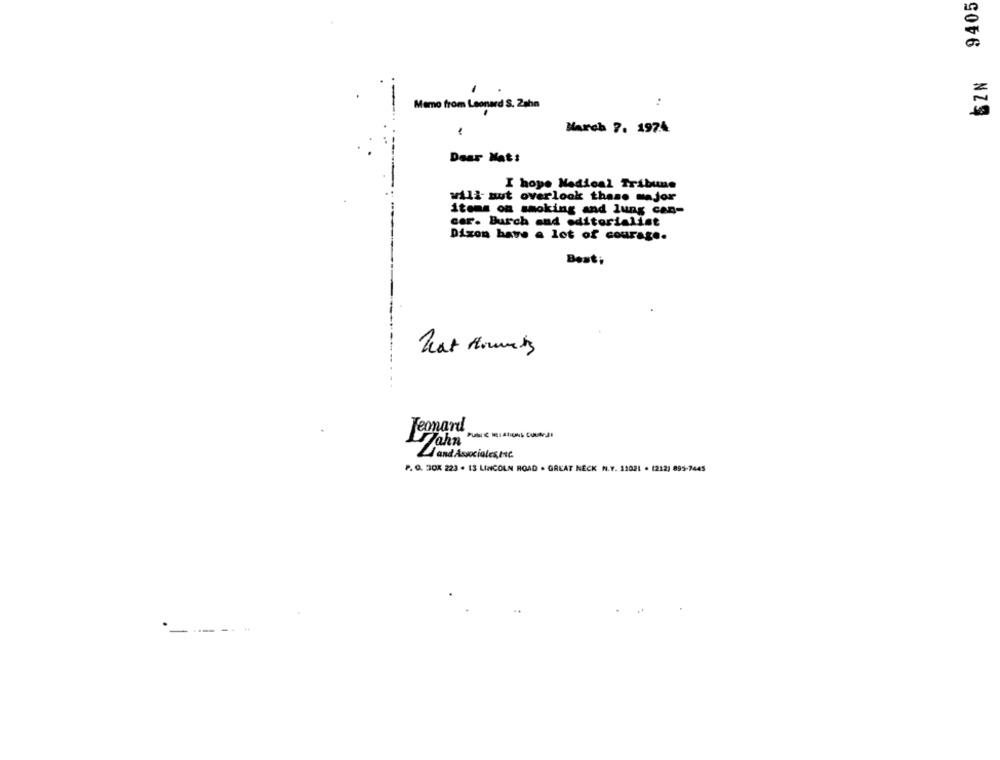
9405
-
Memo from Leonard S. Zahn
:
NZS
March 7. 1974
Dear Nat:
I hope Medical Tribune
wili- aut overlook thane major
items on smoking and lung can-
car. Burch and editorialist
Dixon have a lot of courage.
Best;
Nat Houmais
Temard
Jahn
and Associates, C.
P. O. 308 223 . 13 LINCOLN ROAD . GREAT NECK N.Y. 12021 . (212) 895-7445